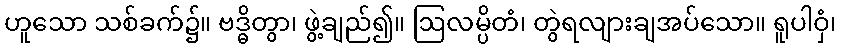
ဟူသော သစ်ခက်၌။ ဗဒ္ဓိတွာ၊ ဖွဲ့ချည်၍။ ဩလမ္ပိတံ၊ တွဲရလျားချအပ်သော။ ရူပါဝှံ၊